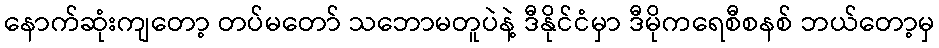
နောက်ဆုံးကျတော့ တပ်မတော် သဘောမတူပဲနဲ့ ဒီနိုင်ငံမှာ ဒီမိုကရေစီစနစ် ဘယ်တော့မှ